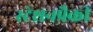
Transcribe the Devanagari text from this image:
स्टेशनपैकी